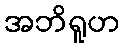
အဘိရူဟ